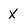
Character: x